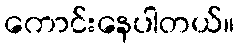
ကောင်းနေပါတယ်။